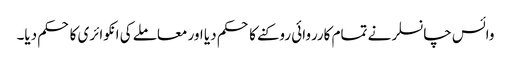
وائس چانسلر نے تمام کارروائی روکنے کا حکم دیا اور معاملے کی انکوائری کا حکم دیا۔